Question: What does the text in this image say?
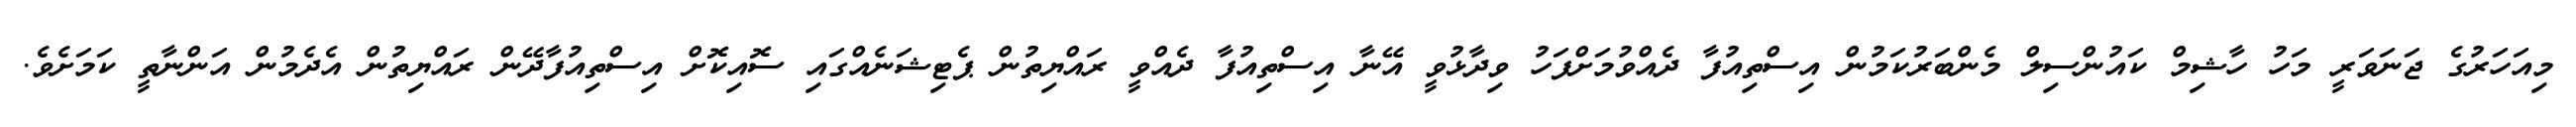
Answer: މިއަހަރުގެ ޖަނަވަރީ މަހު ހާޝިމް ކައުންސިލް މެންބަރުކަމުން އިސްތިއުފާ ދެއްވުމަށްފަހު ވިދާޅުވީ އޭނާ އިސްތިއުފާ ދެއްވީ ރައްޔިތުން ޕެޓިޝަނެއްގައި ސޮއިކޮށް އިސްތިއުފާދޭން ރައްޔިތުން އެދެމުން އަންނާތީ ކަމަށެވެ.